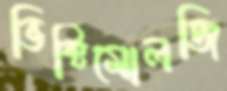
ভিক্টিমোলজি